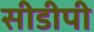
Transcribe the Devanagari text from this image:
सीडीपी